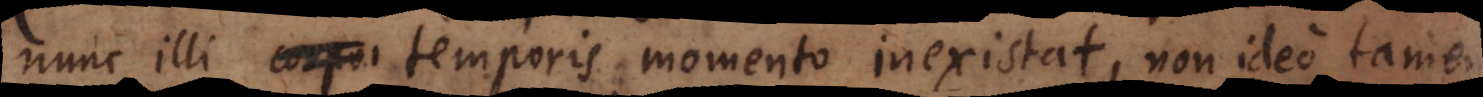
nunc illi temporis momento inexistat, non ideo tamen